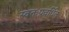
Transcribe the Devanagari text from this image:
स्वतःप्रवर्धित